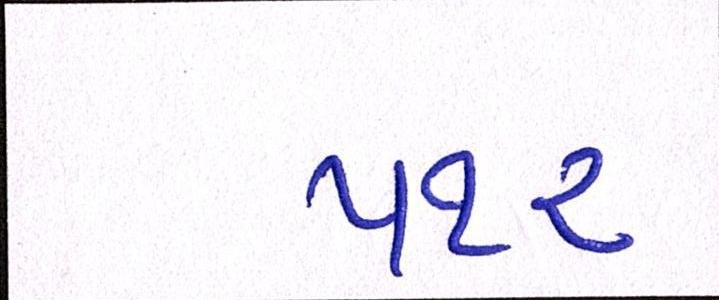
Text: ૫૧૨